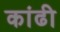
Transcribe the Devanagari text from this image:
कांढी